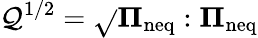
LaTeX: \mathcal{Q}^{1/2}=\sqrt{}{{\mathbf{{\Pi}}_{\mathrm{{neq}}}:\mathbf{{\Pi}}_{\mathrm{{neq}}}}}